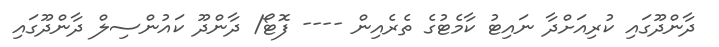
ދާންދޫގައި ކުރިއަށްދާ ނައިޓު ކާމެޓުގެ ތެރެއިން ---- ފޮޓޯ/ ދާންދޫ ކައުންސިލް ދާންދޫގައި